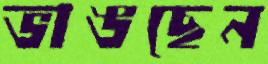
ভাঙছেন